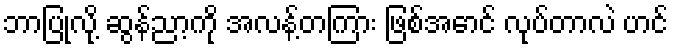
ဘာပြုလို့ ဆွန်ညာ့ကို အလန့်တကြား ဖြစ်အောင် လုပ်တာလဲ ဟင်